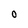
Character: 0